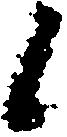
候